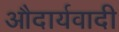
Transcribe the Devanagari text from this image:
औदार्यवादी